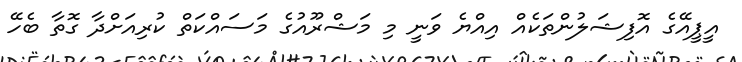
އީޕީއޭގެ އޮފިޝަލުންތަކެއް އިއްޔެ ވަނީ މި މަޝްރޫއުގެ މަސައްކަތް ކުރިއަށްދާ ގޮތާ ބެހޭ